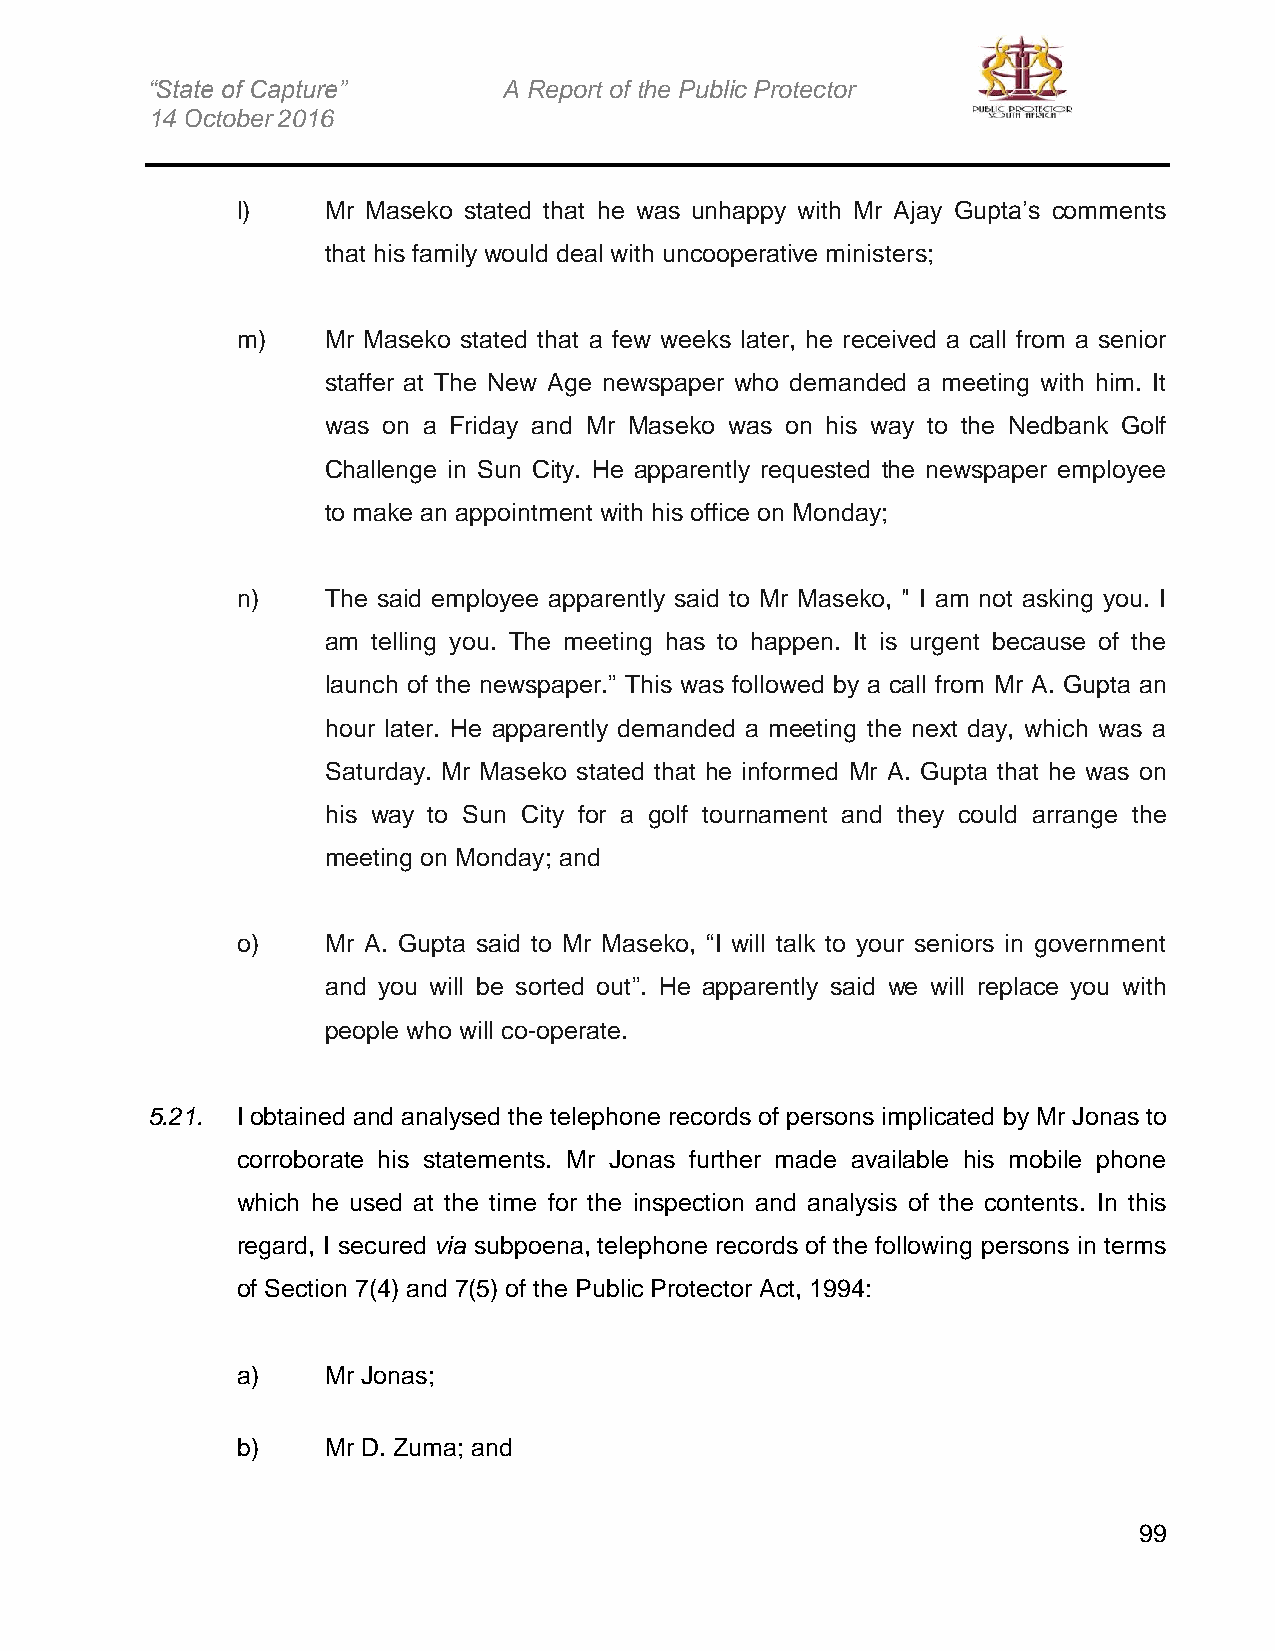
“State of Capture”     A Report of the Public Protector
 14 October 2016
 l)    Mr Maseko stated that he was unhappy with Mr Ajay Gupta’s comments
 that his family would deal with uncooperative ministers;
 m)    Mr Maseko stated that a few weeks later, he received a call from a senior
 staffer at The New Age newspaper who demanded a meeting with him. It
 was on a Friday and Mr Maseko was on his way to the Nedbank Golf
 Challenge in Sun City. He apparently requested the newspaper employee
 to make an appointment with his office on Monday;
 n)    The said employee apparently said to Mr Maseko, " I am not asking you. I
 am telling you. The meeting has to happen. It is urgent because of the
 launch of the newspaper.” This was followed by a call from Mr A. Gupta an
 hour later. He apparently demanded a meeting the next day, which was a
 Saturday. Mr Maseko stated that he informed Mr A. Gupta that he was on
 his way to Sun City for a golf tournament and they could arrange the
 meeting on Monday; and
 o)    Mr A. Gupta said to Mr Maseko, “I will talk to your seniors in government
 and you will be sorted out”. He apparently said we will replace you with
 people who will co-operate.
 5.21. I obtained and analysed the telephone records of persons implicated by Mr Jonas to
 corroborate his statements. Mr Jonas further made available his mobile phone
 which he used at the time for the inspection and analysis of the contents. In this
 regard, I secured via subpoena, telephone records of the following persons in terms
 of Section 7(4) and 7(5) of the Public Protector Act, 1994:
 a)    Mr Jonas;
 b)    Mr D. Zuma; and
 99